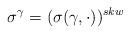
LaTeX: \begin{align*} \sigma^\gamma= (\sigma(\gamma,\cdot))^{skw}\end{align*}